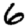
Digit: 6